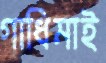
গাধিমাই